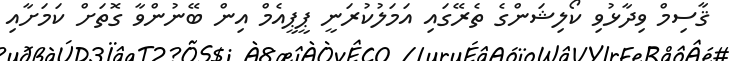
ޤާސިމް ވިދާޅުވި ކޯލިޝަންގެ ތެރޭގައި އަމަލުކުރަނީ ޕީޕީއެމް އިން ބޭނުންވާ ގޮތަށް ކަމަށާއި